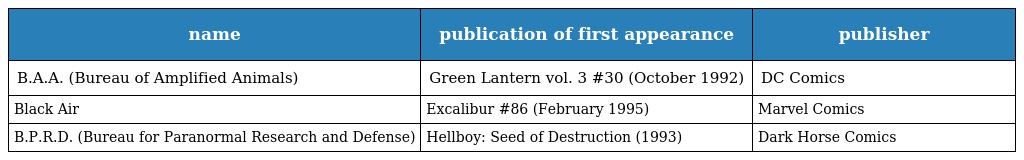
| name | publication of first appearance | publisher |
 | --- | --- | --- |
 | B.A.A. (Bureau of Amplified Animals) | Green Lantern vol. 3 #30 (October 1992) | DC Comics |
 | Black Air | Excalibur #86 (February 1995) | Marvel Comics |
 | B.P.R.D. (Bureau for Paranormal Research and Defense) | Hellboy: Seed of Destruction (1993) | Dark Horse Comics |